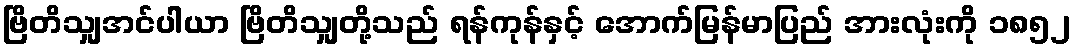
ဗြိတိသျှအင်ပါယာ ဗြိတိသျှတို့သည် ရန်ကုန်နှင့် အောက်မြန်မာပြည် အားလုံးကို ၁၈၅၂